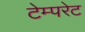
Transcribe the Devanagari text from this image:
टेम्‍परेट